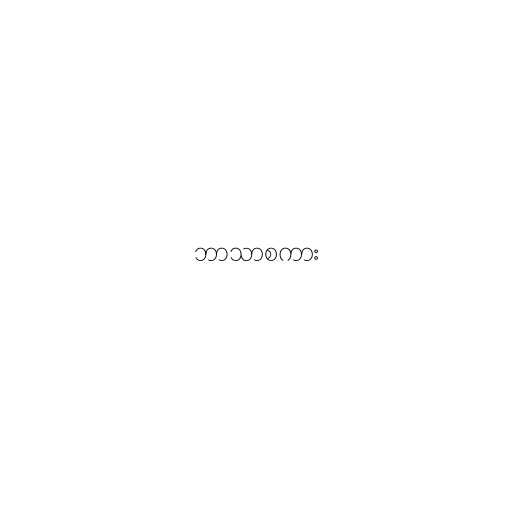
ဘာသာစကား